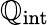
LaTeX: \mathbb{Q}_{\mathrm{{int}}}